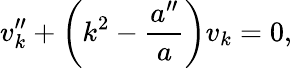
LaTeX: v_{k}^{\prime\prime}+\left(k^{2}-{\frac{a^{\prime\prime}}{a}}\right)v_{k}=0,